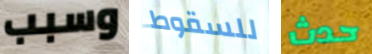
وسبب للسقوط حدث